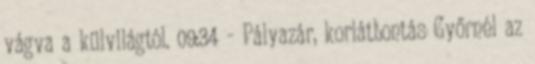
vágva a külvilágtól. 09:34 - Pályazár, korlátbontás Győrnél az